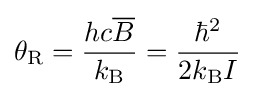
\theta _{\mathrm {R} }={\frac {hc{\overline {B}}}{k_{\mathrm {B} }}}={\frac {\hbar ^{2}}{2k_{\mathrm {B} }I}}